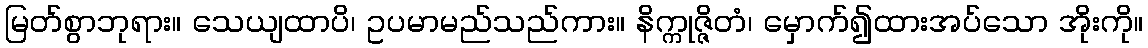
မြတ်စွာဘုရား။ သေယျထာပိ၊ ဥပမာမည်သည်ကား။ နိက္ကုဇ္ဇိတံ၊ မှောက်၍ထားအပ်သော အိုးကို။